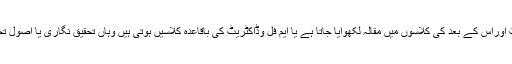
ان تمام اداروں میں بھی جہاں گریجویٹ اوراس کے بعد کی کلاسوں میں مقالہ لکھوایا جاتا ہے یا ایم فل وڈاکٹریٹ کی باقاعدہ کلاسیں ہوتی ہیں وہاں تحقیق نگاری یا اصول تحقیق کی بھی باقاعدہ تدریس ہوتی ہے ۔